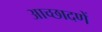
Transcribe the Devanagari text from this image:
आच्छादणें